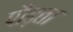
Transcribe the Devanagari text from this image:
पौढ़ता